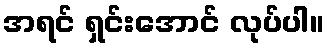
အရင် ရှင်းအောင် လုပ်ပါ။